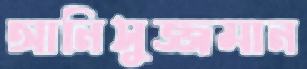
আনিসুজ্জমান